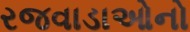
રજવાડાઓનો